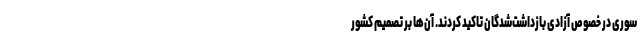
سوری در خصوص آزادی بازداشت‌شدگان تاکید کردند. آن‌ها بر تصمیم کشور